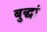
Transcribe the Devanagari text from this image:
बुद्धां